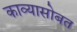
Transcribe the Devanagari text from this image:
काव्यासोबत